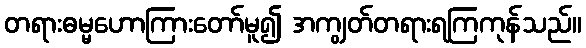
တရားဓမ္မဟောကြားတော်မူ၍ အကျွတ်တရားရကြကုန်သည်။